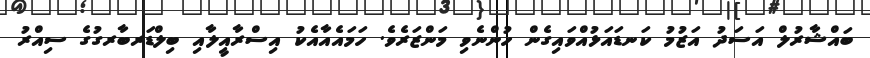
ބައްޝާރުލް އަސަދު އަޒުމު ކަނޑައަޅުއްވައިގެން ހުންނެވި މަންޒަރެވެ. ހަމައެއާއެކު އިސްރާއީލާއި ބިލްޑަރބާރގުގެ ސިއްރު